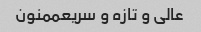
عالی و تازه و سریعممنون